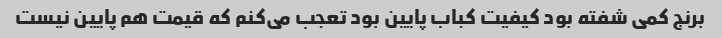
برنج کمی شفته بود کیفیت کباب پایین بود تعجب می‌کنم که قیمت هم پایین نیست